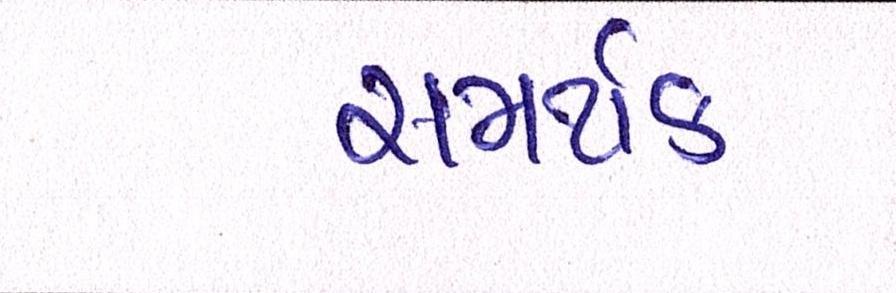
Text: સમર્થક